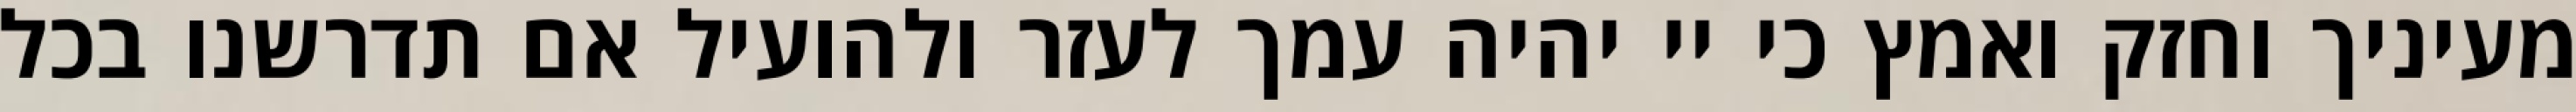
מעיניך וחזק ואמץ כי יי יהיה עמך לעזר ולהועיל אם תדרשנו בכל